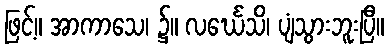
ဖြင့်။ အာကာသေ၊ ၌။ လင်္ဃေသိ၊ ပျံသွားဘူးပြီ။